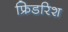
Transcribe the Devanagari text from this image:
फ्रिडरिश